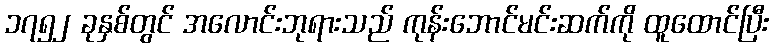
၁၇၅၂ ခုနှစ်တွင် အလောင်းဘုရားသည် ကုန်းဘောင်မင်းဆက်ကို ထူထောင်ပြီး